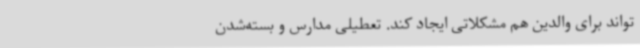
‌تواند برای والدین هم مشکلاتی ایجاد کند. تعطیلی مدارس و بسته‌شدن